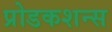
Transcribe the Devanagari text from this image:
प्रोडकशन्स